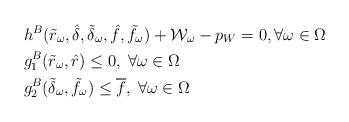
LaTeX: \begin{align*} & h^B(\tilde{r}_\omega,\hat{\delta},\tilde{\delta}_\omega, \hat{f}, \tilde{f}_{\omega}) + \mathcal{W}_{\omega} - p_W = 0 , \forall \omega \in \Omega \\ & g_1^B(\tilde{r}_\omega,\hat{r}) \leq 0, \; \forall \omega \in \Omega \\ & g_2^B(\tilde{\delta}_\omega, \tilde{f}_{\omega}) \leq \overline{f}, \;\forall \omega \in \Omega \end{align*}